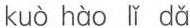
kuò hào lǐ dǎ